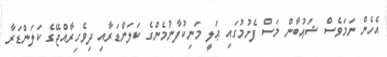
އެހެން ނަމަވެސް ޝަޢުބާން މަސް ފެށުމުގައި ޢަލީ މަނިކުފާނުމެންގެ ކަލަންޑަރާއި ދިވެހިރާއްޖޭގެ ކަލަންޑަރާ